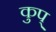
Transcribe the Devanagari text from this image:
कुप्